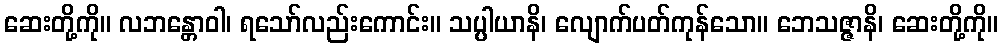
ဆေးတို့ကို။ လဘန္တောဝါ၊ ရသော်လည်းကောင်း။ သပ္ပါယာနိ၊ လျောက်ပတ်ကုန်သော။ ဘေသဇ္ဇာနိ၊ ဆေးတို့ကို။